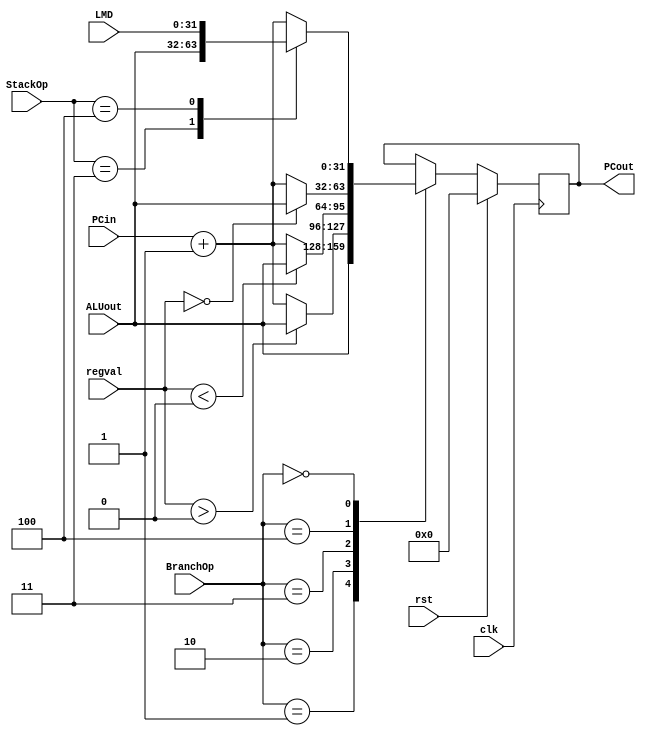
// Module to control PC - could change because of branching or stack operations

module PC_control(BranchOp, StackOp, ALUout, regval, LMD, PCin, rst, clk, PCout);
    input [2:0] BranchOp;
    input [2:0] StackOp;
    input [31:0] ALUout;   // computed using ALU
    input signed [31:0] regval;   // will get from opcode computation
    input [31:0] LMD;      // memory output
    input [31:0] PCin;
    input rst, clk;
    output reg [31:0] PCout; 

    initial begin 
        PCout <= 0; 
    end

    always @(posedge clk) begin
        // $display("BranchOp = %d, StackOp = %d, ALUout = %d, PCin = %d", BranchOp, StackOp, ALUout, PCin);
        if (rst) begin
            PCout <= 0;
        end
        else begin
            case (BranchOp)
               // 001 -> BR (unconditional branch)
                3'b001: begin
                    $display("BR: branching to %d from %d", ALUout, PCin);
                    PCout <= ALUout; 
                end

                3'b010: begin
                    // 010 -> BPL (branch if positive)
                    if (regval > 0) begin
                        PCout <= ALUout;
                    end
                    else begin
                        PCout <= PCin + 1;
                    end 
                end

                3'b011: begin
                    // 011 -> BMI
                    if (regval < 0) begin
                        PCout <= ALUout;
                    end
                    else begin
                        PCout <= PCin + 1;
                    end
                end

                3'b100: begin
                    // 100 -> BZ (branch if zero)
                    if (regval == 0) begin
                        $display("BZ: branching to %d from %d", ALUout, PCin);
                    
                        PCout <= ALUout;
                    end
                    else begin
                        PCout <= PCin + 1;
                    end
                end

                3'b000: begin 
                    // not a branching operation, but PC could change because of it being a stack operation 
                    case(StackOp)
                        // 001 -> PUSH
                        3'b001: begin
                            PCout <= PCin + 1;
                        end

                        // 010 -> POP
                        3'b010: begin
                            PCout <= PCin + 1;
                        end

                        // 011 -> CALL
                        3'b011: begin
                            PCout <= ALUout;
                        end

                        // 100 -> RET
                        3'b100: begin
                            PCout <= LMD; // check this
                        end

                        // default 
                        default: begin  
                            PCout <= PCin + 1;
                        end
                    endcase
                end
            endcase 
        end
        end
endmodule